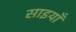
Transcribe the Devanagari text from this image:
साइयाँ